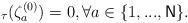
LaTeX: \begin{align*}_{\tau }(\zeta _{a}^{(0)})=0,\forall a\in\{1,...,\mathsf{N}\}. \end{align*}